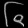
Digit: ၆